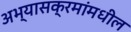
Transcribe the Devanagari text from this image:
अभ्यासक्रमांमधील